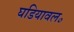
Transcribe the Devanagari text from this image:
घडियावल॰